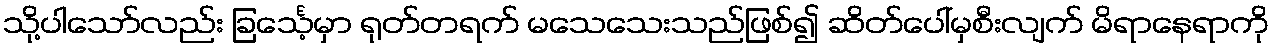
သို့ပါသော်လည်း ခြင်္သေ့မှာ ရုတ်တရက် မသေသေးသည်ဖြစ်၍ ဆိတ်ပေါ်မှစီးလျက် မိရာနေရာကို